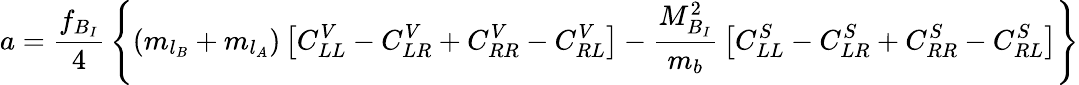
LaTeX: a={\frac{f_{B_{I}}}{4}}\left\{ (m_{l_{B}}+m_{l_{A}})\left[C_{LL}^{V}-C_{LR}^{V}+C_{RR}^{V}-C_{RL}^{V}\right]-{\frac{M_{B_{I}}^{2}}{m_{b}}}\left[C_{LL}^{S}-C_{LR}^{S}+C_{RR}^{S}-C_{RL}^{S}\right]\right\}